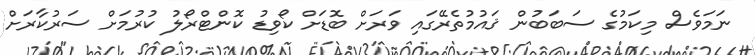
ނަމަވެސް މިކަމުގެ ސަބަބުުން ޤައުމުތެރޭގައި ވަރަށް ބޮޑަށް ކޯވިޑު ކޮންޓްރޯލު ކުރުމަށް ސަރުކާރަށް